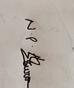
Signature authenticity: genuine